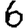
Digit: 6